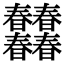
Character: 𣌠